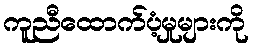
ကူညီထောက်ပံ့မှုများကို